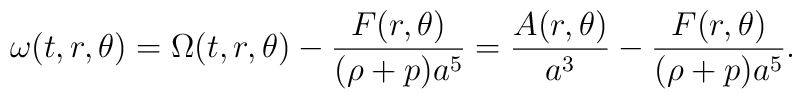
\omega (t,r,\theta) = \Omega(t,r,\theta) -\frac{F(r,\theta)}{(\rho+p) a^5} = \frac{A(r,\theta)}{a^3} -\frac{F(r,\theta)}{(\rho+p) a^5}.